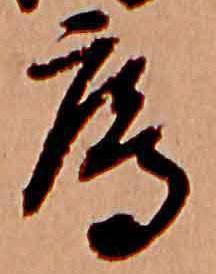
鴈